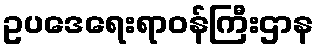
ဥပဒေရေးရာဝန်ကြီးဌာန